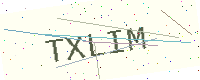
Text: TXLIM